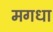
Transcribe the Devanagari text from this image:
मगधा